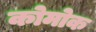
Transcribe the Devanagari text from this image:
कोमोक